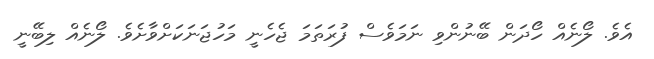
އެވެ. ލޯނެއް ހޯދަން ބޭނުންވި ނަމަވެސް ފުރަތަމަ ޖެހެނީ މަހުޖަނަކަށްވާށެވެ. ލޯނެއް ލިބޭނީ